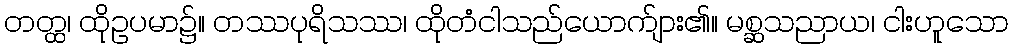
တတ္ထ၊ ထိုဥပမာ၌။ တဿပုရိသဿ၊ ထိုတံငါသည်ယောက်ျား၏။ မစ္ဆသညာယ၊ ငါးဟူသော